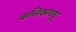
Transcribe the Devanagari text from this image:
बालिकावधू